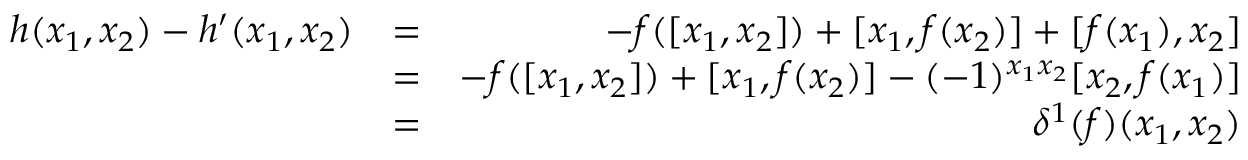
\begin{array} { r l r } { h ( x _ { 1 } , x _ { 2 } ) - h ^ { \prime } ( x _ { 1 } , x _ { 2 } ) } & { = } & { - f ( [ x _ { 1 } , x _ { 2 } ] ) + [ x _ { 1 } , f ( x _ { 2 } ) ] + [ f ( x _ { 1 } ) , x _ { 2 } ] } \\ & { = } & { - f ( [ x _ { 1 } , x _ { 2 } ] ) + [ x _ { 1 } , f ( x _ { 2 } ) ] - ( - 1 ) ^ { x _ { 1 } x _ { 2 } } [ x _ { 2 } , f ( x _ { 1 } ) ] } \\ & { = } & { \delta ^ { 1 } ( f ) ( x _ { 1 } , x _ { 2 } ) } \end{array}